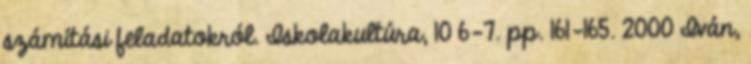
számítási feladatokról. Iskolakultúra, 10 6-7. pp. 161-165. 2000 Iván,